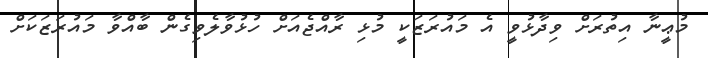
މުޢީނާ އިތުރަށް ވިދާޅުވީ އެ މައުރަޒަކީ މުޅި ރާއްޖެއަށް ހުޅުވާލެވިގެން ބާއްވާ މައުރަޒަކަށް